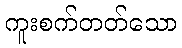
ကူးစက်တတ်သော